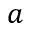
a